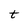
Character: t